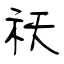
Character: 祆